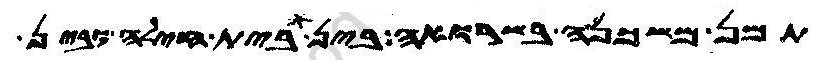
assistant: תמן משכנה בשרואה בין בית חילה ובין